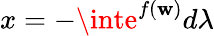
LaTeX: x=-\inte^{f(\mathbf{w})}d\lambda